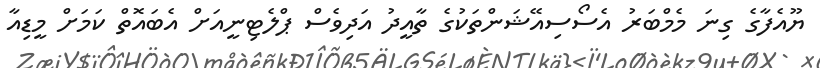
ޔޫއެފާގެ ގިނަ މެމްބަރު އެސޯސިއޭޝަންތަކުގެ ތާއީދު އަދިވެސް ޕްލެޓިނީއަށް އެބައޮތް ކަމަށް މީޑިއާ